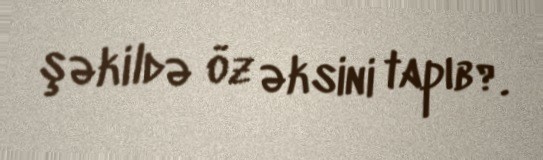
şəkildə öz əksini tapıb?.